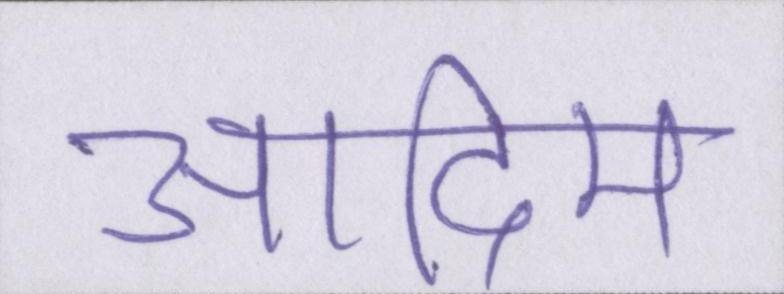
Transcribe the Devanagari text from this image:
आदिम